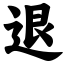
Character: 退